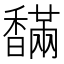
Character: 𩡙